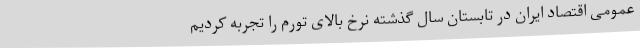
عمومی اقتصاد ایران در تابستان سال گذشته نرخ بالای تورم را تجربه کردیم